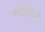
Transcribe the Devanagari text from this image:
फतेसिहजी